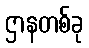
ဌာနတစ်ခု